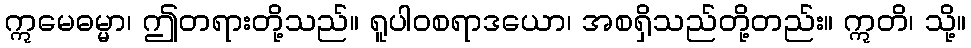
ဣမေဓမ္မာ၊ ဤတရားတို့သည်။ ရူပါဝစရာဒယော၊ အစရှိသည်တို့တည်း။ ဣတိ၊ သို့။